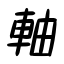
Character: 軸